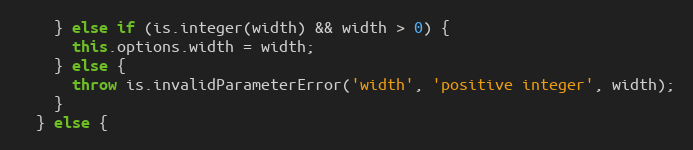
Language: JavaScript
    } else if (is.integer(width) && width > 0) {
      this.options.width = width;
    } else {
      throw is.invalidParameterError('width', 'positive integer', width);
    }
  } else {